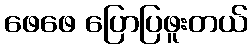
ဖေဖေ ပြောပြဖူးတယ်